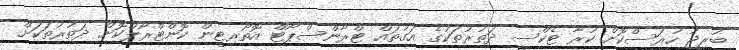
ބުރިޖު ހުރަސްކޮށް ކުރާ ޓެކްސީ ދަތުރުތަކުގެ އަގުތައް ޓްރާންސްޕޯޓް އޮތޯރިޓީން ކޮންޓްރޯލްކޮށް ދަތުރުތަކަށް